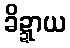
ခိဍ္ဍာယ